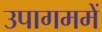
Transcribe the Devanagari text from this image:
उपागममें